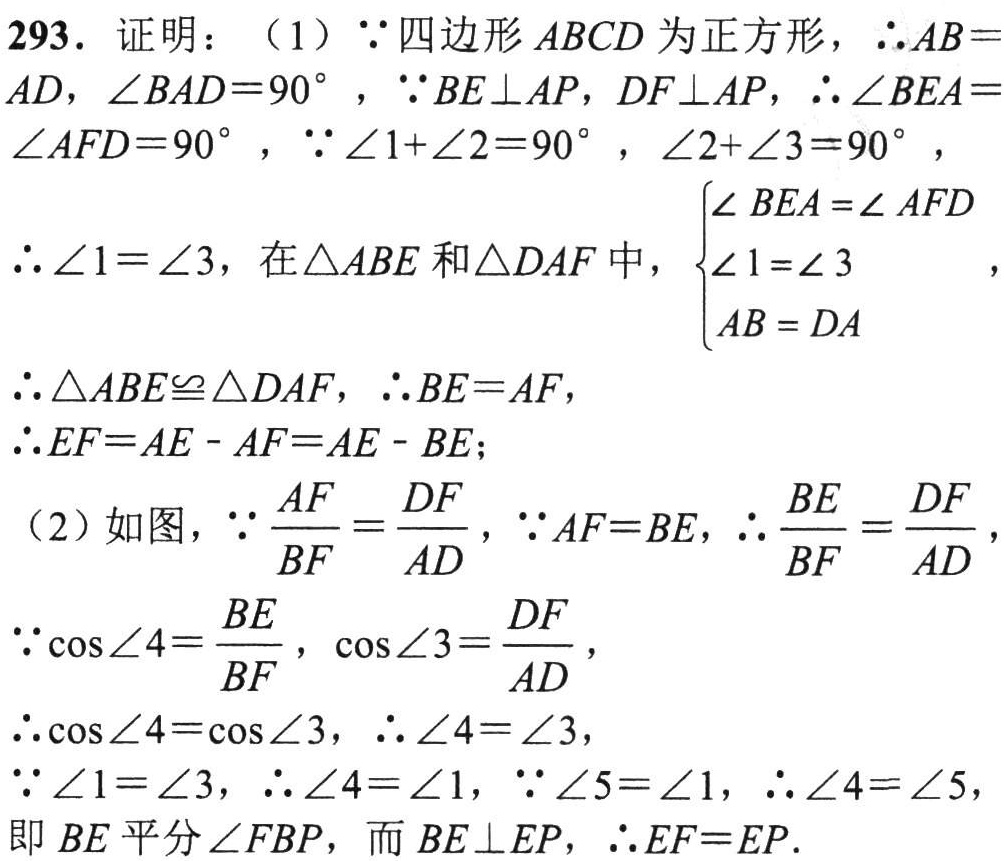
293. 证明：（1）\(\because\)四边形\(ABCD\)为正方形，\(\therefore AB = AD\)，\(\angle BAD = 90^{\circ}\)，\(\because BE\perp AP\)，\(DF\perp AP\)，\(\therefore\angle BEA=\angle AFD = 90^{\circ}\)，\(\because\angle1+\angle2 = 90^{\circ}\)，\(\angle2+\angle3 = 90^{\circ}\)，
\(\therefore\angle1=\angle3\)，在\(\triangle ABE\)和\(\triangle DAF\)中，\(\begin{cases}\angle BEA=\angle AFD\\\angle1=\angle3\\AB = DA\end{cases}\)，
\(\therefore\triangle ABE\cong\triangle DAF\)，\(\therefore BE = AF\)，
\(\therefore EF=AE - AF = AE - BE\)；
（2）如图，\(\because\frac{AF}{BF}=\frac{DF}{AD}\)，\(\because AF = BE\)，\(\therefore\frac{BE}{BF}=\frac{DF}{AD}\)，
\(\because\cos\angle4=\frac{BE}{BF}\)，\(\cos\angle3=\frac{DF}{AD}\)，
\(\therefore\cos\angle4=\cos\angle3\)，\(\therefore\angle4=\angle3\)，
\(\because\angle1=\angle3\)，\(\therefore\angle4=\angle1\)，\(\because\angle5=\angle1\)，\(\therefore\angle4=\angle5\)，
即\(BE\)平分\(\angle FBP\)，而\(BE\perp EP\)，\(\therefore EF = EP\).